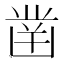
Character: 凿